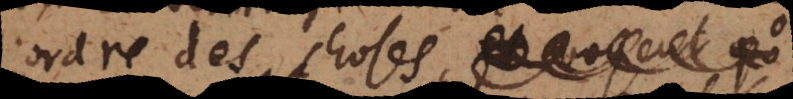
l’ordre des choses,, et